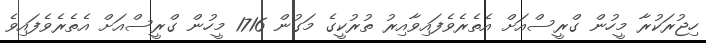
ހިޖުރަކުރާ މީހުން ގްރީސްއަށް އެތެރެވެފައިވާއިރު ތުރުކީގެ މަގުން 1716 މީހުން ގްރީސްއަށް އެތެރެވެފައިވެ